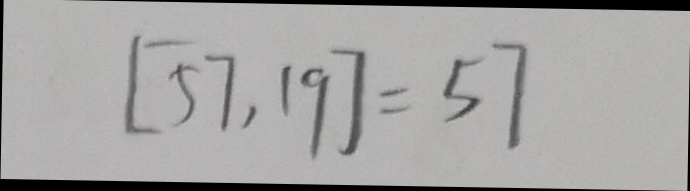
[ 5 7 , 1 9 ] = 5 7